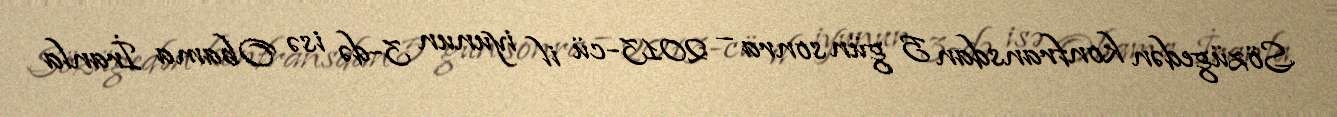
Sözügedən konfransdan 5 gün sonra – 2013-cü il iyunun 3-də isə Obama İranla